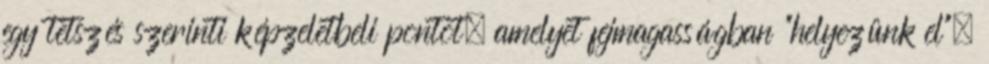
egy tetszés szerinti képzeletbeli pontot, amelyet fejmagasságban "helyezünk el",